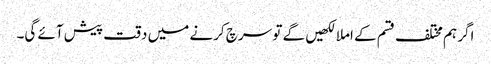
اگر ہم مختلف قسم کے املا لکھیں گے تو سرچ کرنے میں دقت پیش آئے گی۔